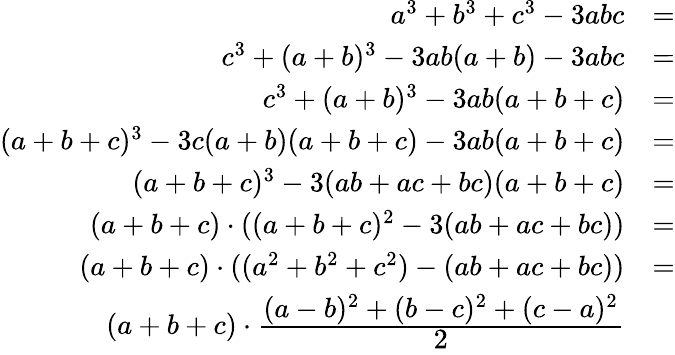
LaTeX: \begin{array}{rl}{a^{3}+b^{3}+c^{3}-3abc}&{=}\\ {c^{3}+(a+b)^{3}-3ab(a+b)-3abc}&{=}\\ {c^{3}+(a+b)^{3}-3ab(a+b+c)}&{=}\\ {(a+b+c)^{3}-3c(a+b)(a+b+c)-3ab(a+b+c)}&{=}\\ {(a+b+c)^{3}-3(ab+ac+bc)(a+b+c)}&{=}\\ {(a+b+c)\cdot((a+b+c)^{2}-3(ab+ac+bc))}&{=}\\ {(a+b+c)\cdot((a^{2}+b^{2}+c^{2})-(ab+ac+bc))}&{=}\\ {(a+b+c)\cdot\cfrac{(a-b)^{2}+(b-c)^{2}+(c-a)^{2}}{2}}\end{array}